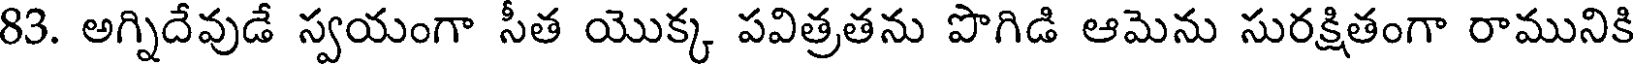
83. అగ్నిదేవుడే స్వయంగా సీత యొక్క పవిత్రతను పొగిడి ఆమెను సురక్షితంగా రామునికి